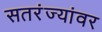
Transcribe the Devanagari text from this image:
सतरंज्यांवर